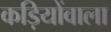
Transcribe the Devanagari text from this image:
कड़ियोंवाला